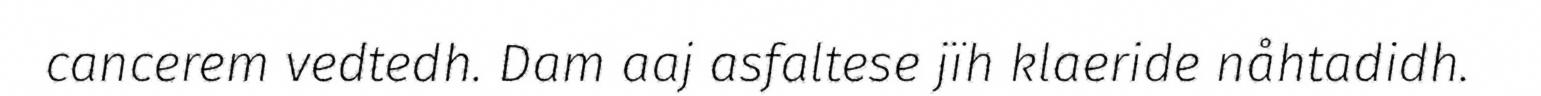
cancerem vedtedh. Dam aaj asfaltese jïh klaeride nåhtadidh.